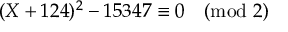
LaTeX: ( X + 1 2 4 ) ^ { 2 } - 1 5 3 4 7 \equiv 0 { \pmod { 2 } }